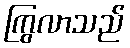
ကြွလာသည်